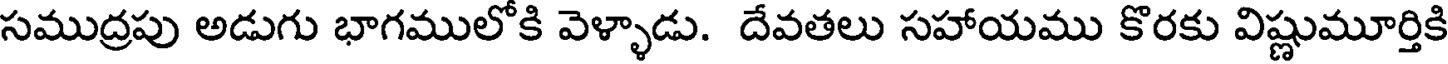
సముద్రపు అడుగు భాగములోకి వెళ్ళాడు. దేవతలు సహాయము కొరకు విష్ణుమూర్తికి